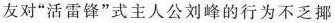
友对”活雷锋”式主人公刘峰的行为不乏揶